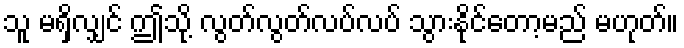
သူ မရှိလျှင် ဤသို့ လွတ်လွတ်လပ်လပ် သွားနိုင်တော့မည် မဟုတ်။